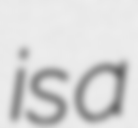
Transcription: is a